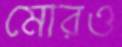
মোরও